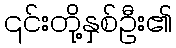
၎င်းတို့နှစ်ဦး၏